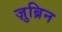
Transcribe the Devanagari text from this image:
ज़ुब्रिन